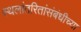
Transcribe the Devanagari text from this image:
स्थलांतरितांसंबंधीच्या